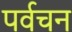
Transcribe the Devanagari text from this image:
पर्वचन